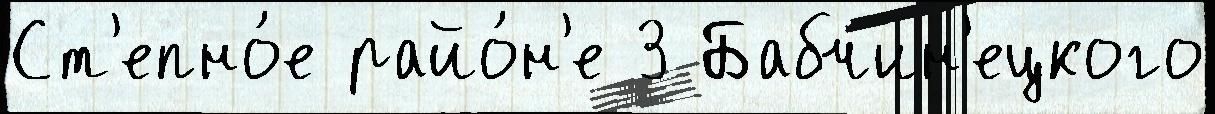
Ст'епно́е райо́н'е 3 Бабчин'ецкого